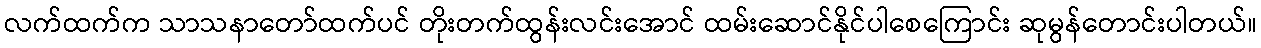
လက်ထက်က သာသနာတော်ထက်ပင် တိုးတက်ထွန်းလင်းအောင် ထမ်းဆောင်နိုင်ပါစေကြောင်း ဆုမွန်တောင်းပါတယ်။